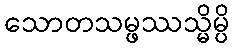
သောတသမ္ဖဿသ္မိမ္ပိ